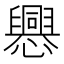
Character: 𢤀